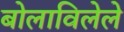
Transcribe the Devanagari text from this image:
बोलाविलेले